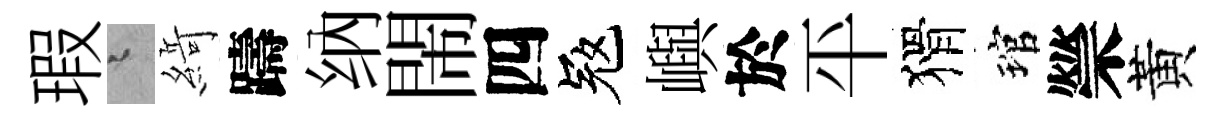
瑕迢𦂶躊纳閙四冦嶼於平猾琯禜黃